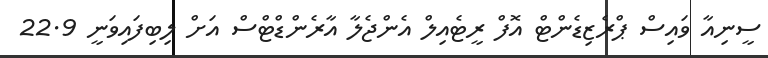
ސީނިއާ ވައިސް ޕްރެޒިޑެންޓް އޮފް ރީޓެއިލް އެންޖެލާ އާރެންޑްޓްސް އަށް ލިބިފައިވަނީ 22.9